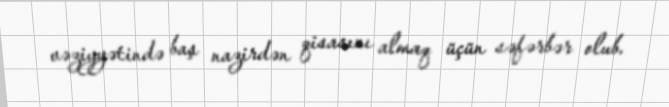
vəziyyətində baş nazirdən qisasını almaq üçün səfərbər olub.